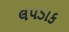
લપડાક